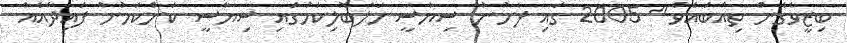
ބިޒީވެގެން ތިއްބައެވެ." 2005 ގައި ފެށުނު ސިޔާސީ ހަލަބޮލިކަމުގައި ސިޔާސީ ކަންކަމުން ފައިދާއެއް